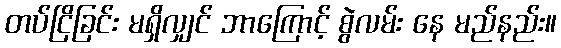
တပ်ငြိခြင်း မရှိလျှင် ဘာကြောင့် စွဲလမ်း နေ မည်နည်း။